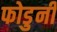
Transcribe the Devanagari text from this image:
फोडुनी